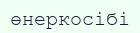
өнеркосібі